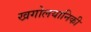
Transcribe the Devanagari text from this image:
खगोलयानिकी